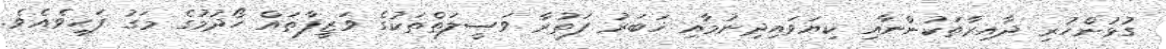
ގުޅުންހުރި ދާއިރާތަކުންނާއި ކިޔަވައިދިނުމާއި ޚަބަރު ފަތުރާ ވަސީލަތްތަކުގެ ވަޒީފާތައް ހޯދުމުގެ މަގު ފަހިވެއެވެ.